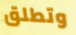
وتطلق